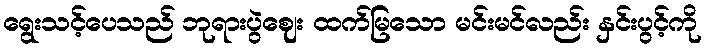
ရွေးသင့်ပေသည် ဘုရားပွဲဈေး ထက်မြသော မင်းမင်လည်း နှင်းပွင့်ကို